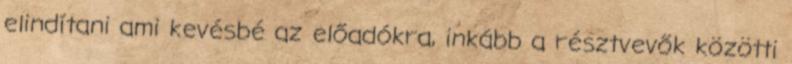
elindítani ami kevésbé az előadókra, inkább a résztvevők közötti